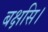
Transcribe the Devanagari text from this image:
बक्षसि।